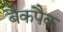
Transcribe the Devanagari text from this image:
बैकपैक